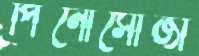
পিনোসোজা